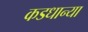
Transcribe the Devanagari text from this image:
कडधान्या